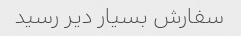
سفارش بسیار دیر رسید